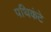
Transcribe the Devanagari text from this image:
पथिकंटे